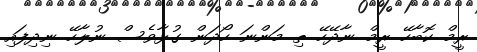
ރީމް ކޮބާހޭ ރީމް ނާދޭހޭ ތި މަންނަ ހޯދަން ގުޅާވެސް ނުލާހޭ ނިދިފައި